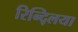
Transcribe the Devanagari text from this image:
रिन्द्लिया